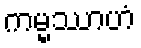
ကမ္မဿာဟံ